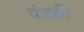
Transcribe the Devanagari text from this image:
वंडकी